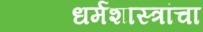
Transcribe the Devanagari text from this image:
धर्मशास्त्रांचा